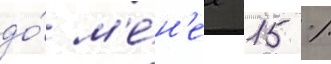
до́ м'е́н'ее 15 %